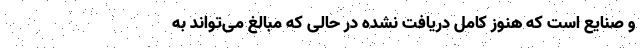
و صنایع است که هنوز کامل دریافت نشده در حالی که مبالغ می‌تواند به